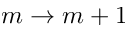
m \to m + 1